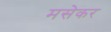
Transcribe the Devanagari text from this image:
मसेकर